Report on the bubonic plague in Bombay, 1896-1897
Year: 1896
Disease focus: Plague
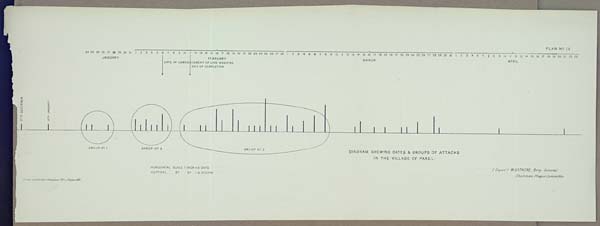
PLAN No. 13
DIAGRAM SHEWING DATES & GROUPS OF ATTACKS
IN THE VILLAGE OF PAREL.
HORIZONTAL SCALE 1 INCH = 5 DAYS
VERTICAL Do. Do. = 5 DEATHS
Drawn & Litho: Govt. Photozinco: Office, Poona 1897.
(Signed) W. GATACRE, Brig. General
Chairman, Plague Committee